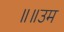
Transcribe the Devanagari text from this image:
॥॥उम